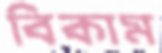
বিকাম